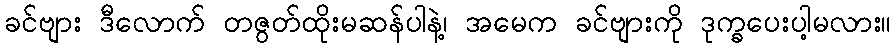
ခင်ဗျား ဒီလောက် တဇွတ်ထိုးမဆန်ပါနဲ့၊ အမေက ခင်ဗျားကို ဒုက္ခပေးပါ့မလား။